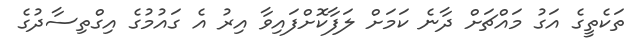
ތަކެތީގެ އަގު މައްޗަށް ދާނެ ކަމަށް ލަފާކޮށްފައިވާ އިރު އެ ގައުމުގެ އިގްތިސާދުގެ